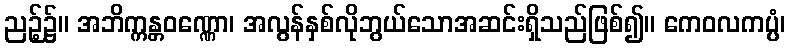
ညဉ့်၌။ အဘိက္ကန္တဝဏ္ဏော၊ အလွန်နှစ်လိုဘွယ်သောအဆင်းရှိသည်ဖြစ်၍။ ကေဝလကပ္ပံ၊